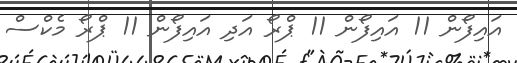
އައިފޯން 11 އައިފޯން 11 ޕްރޯ އަދި އައިފޯން 11 ޕްރޯ މެކްސް